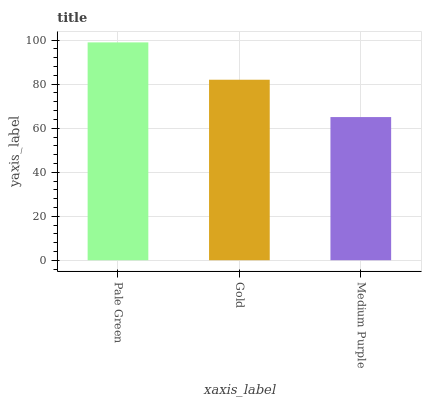
| xaxis_label | bars |
 | --- | --- |
 | Pale Green | 99 |
 | Gold | 82 |
 | Medium Purple | 65.1 |